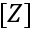
[ Z ]